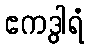
ဧကဒွါရံ